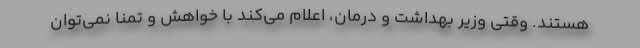
هستند. وقتی وزیر بهداشت و درمان، اعلام می‌کند با خواهش و تمنا نمی‌توان